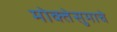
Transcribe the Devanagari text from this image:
मोक्तेसुमाचे